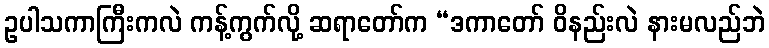
ဥပါသကာကြီးကလဲ ကန့်ကွက်လို့ ဆရာတော်က “ဒကာတော် ဝိနည်းလဲ နားမလည်ဘဲ